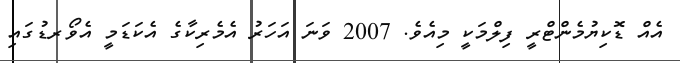
އެއް ޑޮކިޔުމެންޓްރީ ފިލްމަކީ މިއެވެ. 2007 ވަނަ އަހަރު އެމެރިކާގެ އެކަޑަމީ އެވޯރޑުގައި